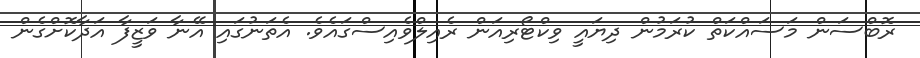
ރޮބްސަން މަސައްކަތް ކުރަމުން ދިޔައީ ވިކްޓޯރިއަން ރެއިލްވެއިސްގައެވެ. އެތަނުގައި އޭނާ ވަޒީފާ އަދާކޮށްގެން